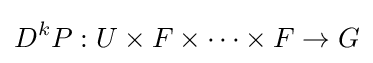
D^{k}P:U\times F\times \cdots \times F\to G